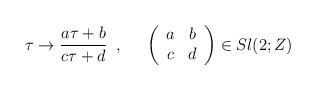
LaTeX: \begin{align*}\tau \rightarrow \frac{a\tau +b}{c\tau +d} \;\; , \;\;\;\;\; \left( \begin{array}{cc} a & b \\ c & d \end{array} \right) \in Sl(2;Z)\end{align*}